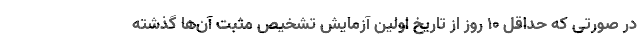
در صورتی که حداقل ۱۰ روز از تاریخ اولین آزمایش تشخیص مثبت آن‌ها گذشته